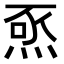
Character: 𭴺